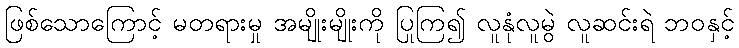
ဖြစ်သောကြောင့် မတရားမှု အမျိုးမျိုးကို ပြုကြ၍ လူနုံလူမွဲ လူဆင်းရဲ ဘဝနှင့်